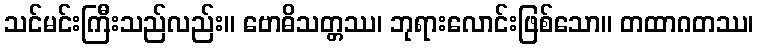
သင်မင်းကြီးသည်လည်း။ ဗောဓိသတ္တဿ၊ ဘုရားလောင်းဖြစ်သော။ တထာဂတဿ၊